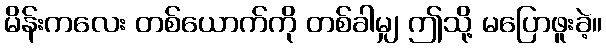
မိန်းကလေး တစ်ယောက်ကို တစ်ခါမျှ ဤသို့ မပြောဖူးခဲ့။